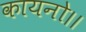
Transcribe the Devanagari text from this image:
कायनो।।